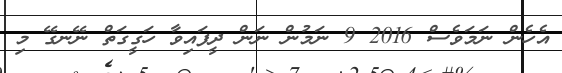
އެހެން ނަމަވެސް 2016 9 ނަމުން ނަން ދީފައިވާ ހަގީގަތް ނޭނގޭ މި